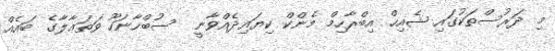
މި ދަރުސްތަކުގައި ޝެއިޙް އިބްރާހިމް މެންކް ކިޔައިދެެއްވާނީ  ސުބްހާނަހޫ ވަތަޢާލާގެ ބައެއް